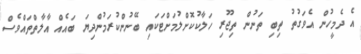
އެ ދެމީހުން އެވަގުތު ތިބި ތަނުން ތިޖޫރި ހަލާކުކޮށްލުމަށްޓަކައި ބޭނުންކުރަމުންދިޔަ ބައެއް އާލާތްތައްވެސް